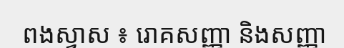
ពងស្វាស ៖ រោគសញ្ញា និងសញ្ញា